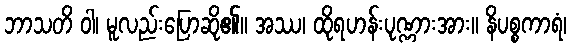
ဘာသတိ ဝါ၊ မူလည်းပြောဆို၏။ အဿ၊ ထိုရဟန်းပုဏ္ဏားအား။ နိပစ္စကာရံ၊